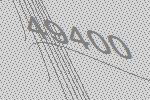
49400